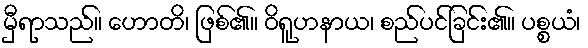
မှီရာသည်။ ဟောတိ၊ ဖြစ်၏။ ဝိရူဟနာယ၊ စည်ပင်ခြင်း၏။ ပစ္စယံ၊